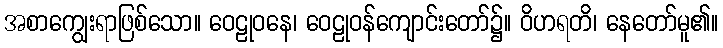
အစာကျွေးရာဖြစ်သော။ ဝေဠုဝနေ၊ ဝေဠုဝန်ကျောင်းတော်၌။ ဝိဟရတိ၊ နေတော်မူ၏။